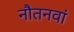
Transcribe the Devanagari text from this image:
नौतनवां